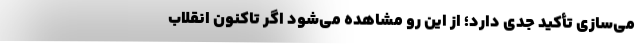
می‌سازی تأکید جدی دارد؛ از این رو مشاهده می‌شود اگر تاکنون انقلاب